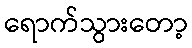
ရောက်သွားတော့